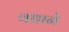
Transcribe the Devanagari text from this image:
वधाने